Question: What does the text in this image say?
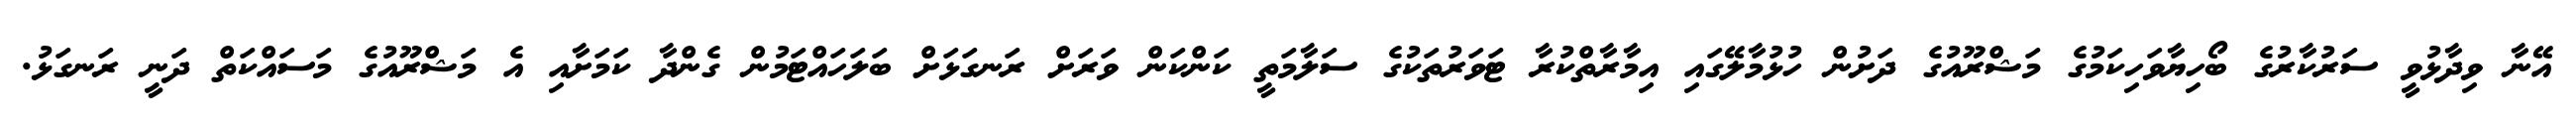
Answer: އޭނާ ވިދާޅުވީ ސަރުކާރުގެ ބޯހިޔާވަހިކަމުގެ މަޝްރޫއުގެ ދަށުން ހުޅުމާލޭގައި އިމާރާތްކުރާ ޓަވަރުތަކުގެ ސަލާމަތީ ކަންކަން ވަރަށް ރަނގަޅަށް ބަލަހައްޓަމުން ގެންދާ ކަމަށާއި އެ މަޝްރޫއުގެ މަސައްކަތް ދަނީ ރަނގަޅު.